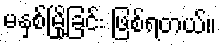
မနှစ်မြို့ခြင်း ဖြစ်ရတယ်။